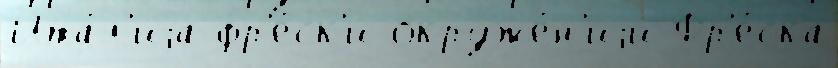
Ита́л'иjа фр'е́ск'и окруже́н'иjи Фр'е́ска